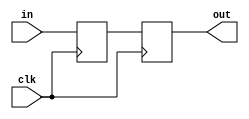
/*

Copyright (c) 2014-2018 Alex Forencich

Permission is hereby granted, free of charge, to any person obtaining a copy
of this software and associated documentation files (the "Software"), to deal
in the Software without restriction, including without limitation the rights
to use, copy, modify, merge, publish, distribute, sublicense, and/or sell
copies of the Software, and to permit persons to whom the Software is
furnished to do so, subject to the following conditions:

The above copyright notice and this permission notice shall be included in
all copies or substantial portions of the Software.

THE SOFTWARE IS PROVIDED "AS IS", WITHOUT WARRANTY OF ANY KIND, EXPRESS OR
IMPLIED, INCLUDING BUT NOT LIMITED TO THE WARRANTIES OF MERCHANTABILITY
FITNESS FOR A PARTICULAR PURPOSE AND NONINFRINGEMENT. IN NO EVENT SHALL THE
AUTHORS OR COPYRIGHT HOLDERS BE LIABLE FOR ANY CLAIM, DAMAGES OR OTHER
LIABILITY, WHETHER IN AN ACTION OF CONTRACT, TORT OR OTHERWISE, ARISING FROM,
OUT OF OR IN CONNECTION WITH THE SOFTWARE OR THE USE OR OTHER DEALINGS IN
THE SOFTWARE.

*/

// Language: Verilog-2001

`resetall
`timescale 1 ns / 1 ps
`default_nettype none

/*
 * Synchronizes an asyncronous signal to a given clock by using a pipeline of
 * two registers.
 */
module sync_signal #(
    parameter WIDTH=1, // width of the input and output signals
    parameter N=2 // depth of synchronizer
)(
    input wire clk,
    input wire [WIDTH-1:0] in,
    output wire [WIDTH-1:0] out
);

reg [WIDTH-1:0] sync_reg[N-1:0];

/*
 * The synchronized output is the last register in the pipeline.
 */
assign out = sync_reg[N-1];

integer k;

always @(posedge clk) begin
    sync_reg[0] <= in;
    for (k = 1; k < N; k = k + 1) begin
        sync_reg[k] <= sync_reg[k-1];
    end
end

endmodule

`resetall